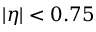
| \eta | < 0 . 7 5